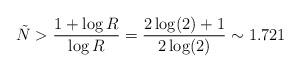
LaTeX: \begin{align*}{{\tilde{N}}}> \frac{1+\log R}{\log R} = \frac{2\log(2)+1}{2\log(2)} \sim 1.721\end{align*}